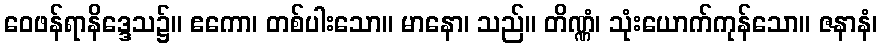
ဝေဖန်ရာနိဒ္ဒေသ၌။ ဧကော၊ တစ်ပါးသော။ မာနော၊ သည်။ တိဏ္ဏံ၊ သုံးယောက်ကုန်သော။ ဇနာနံ၊